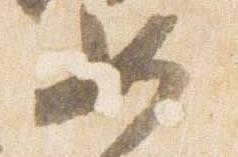
如